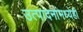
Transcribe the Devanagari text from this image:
उत्पादनांमध्येही